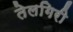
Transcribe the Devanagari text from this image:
तेलगिरी